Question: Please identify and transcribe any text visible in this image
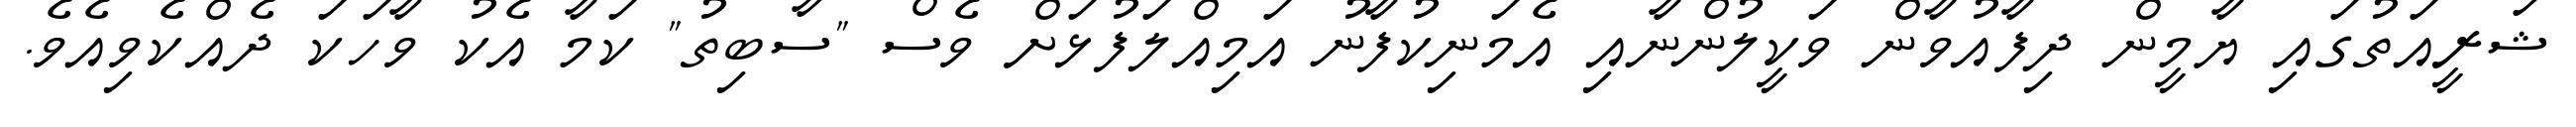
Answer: ޝަރީއަތުގައި ޔާމީން ދިފާއުވާން ވަކީލުންނާއި އެމަނިކުފާނު އަމިއްލަފުޅަށް ވެސް "ސާބިތު" ކަމާ އެކު ވާހަކަ ދެއްކެވިއެވެ.